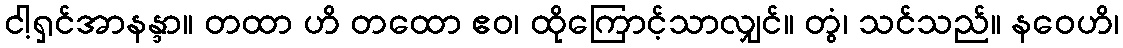
ငါ့ရှင်အာနန္ဒာ။ တထာ ဟိ တထော ဧဝ၊ ထိုကြောင့်သာလျှင်။ တွံ၊ သင်သည်။ နဝေဟိ၊